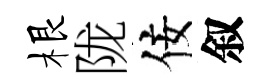
根陇佞叙